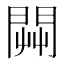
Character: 𨴔